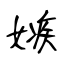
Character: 嫉